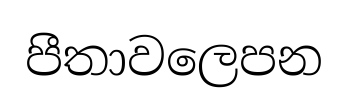
පීතාවලෙපන